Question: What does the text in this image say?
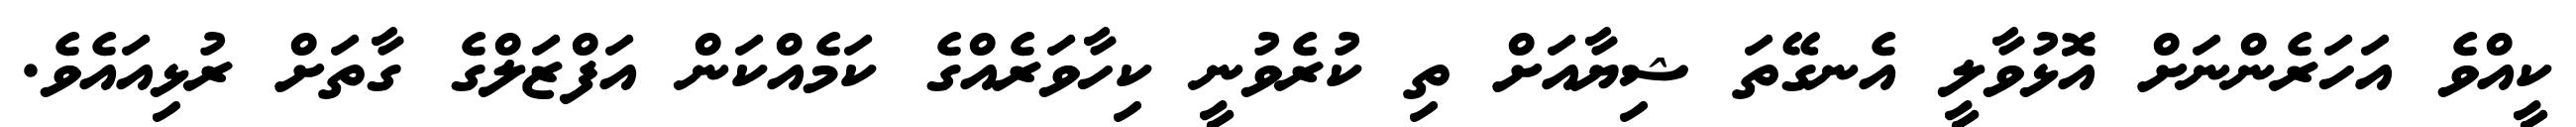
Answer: ކީއްވެ އަހަރެންނަށް އޮޅުވާލީ އެނގޭތަ ޝިޔާއަށް ތި ކުރެވުނީ ކިހާވަރެއްގެ ކަމެއްކަން އަފްޒަލްގެ ގާތަށް ރުޅިއައެވެ.